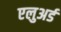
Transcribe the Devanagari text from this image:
एलुअर्ड